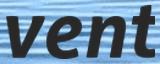
vent